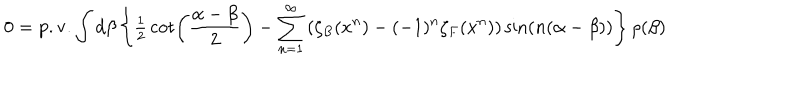
LaTeX: 0 = \mathrm { p . v . } \int { d \beta } \left\{ { { \textstyle { \frac { 1 } { 2 } } } \cot \left( { { \frac { \alpha - \beta } { 2 } } } \right) - \sum _ { n = 1 } ^ { \infty } { \left( { \zeta _ { B } ( x ^ { n } ) - ( - 1 ) ^ { n } \zeta _ { F } ( x ^ { n } ) } \right) \sin \left( { n ( \alpha - \beta ) } \right) } } \right\} \rho ( \beta )